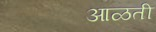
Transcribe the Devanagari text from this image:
आळती